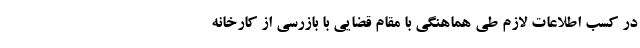
در کسب اطلاعات لازم طی هماهنگی با مقام قضایی با بازرسی از کارخانه